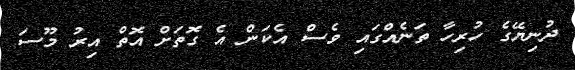
ދުނިޔޭގެ ހުރިހާ ތަނެއްގައި ވެސް އެކަން އެ ގޮތަށް އޮތް އިރު މޫސަ